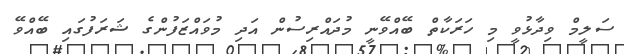
ސަލީމް ވިދާޅުވީ މި ހަރަކާތް ބޭއްވޭނީ މުދައްރިސުން އަދި މުވައްޒަފުންގެ ޝަރަފުގައި ބޭއްވޭ